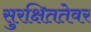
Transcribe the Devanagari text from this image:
सुरक्षिततेवर